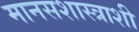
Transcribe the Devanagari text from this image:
मानसशास्त्राशी